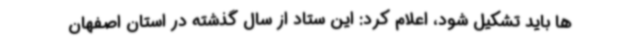
ها باید تشکیل شود، اعلام کرد: این ستاد از سال گذشته در استان اصفهان